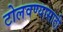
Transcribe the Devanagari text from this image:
टोलवण्यासाठी